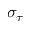
\sigma _ { \tau }